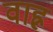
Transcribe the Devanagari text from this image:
वाह्न